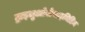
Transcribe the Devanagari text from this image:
ट्राइलुओरोथाइमिडिन